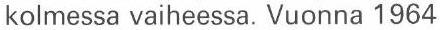
kolmessa vaiheessa. Vuonna 1964